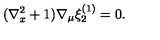
( \nabla _ { x } ^ { 2 } + 1 ) \nabla _ { \mu } \xi _ { 2 } ^ { ( 1 ) } = 0 .